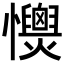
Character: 𢥡